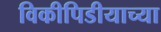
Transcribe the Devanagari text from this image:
विकीपिडीयाच्या